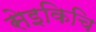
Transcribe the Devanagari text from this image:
सेइकिचि